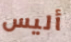
أليس